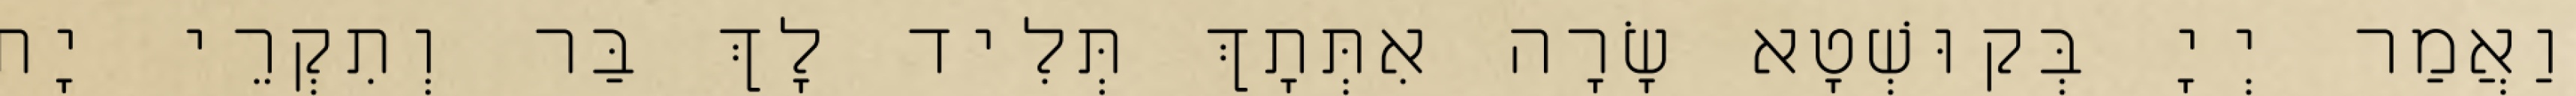
וַאֲמַר יְיָ בְּקוּשְׁטָא שָׂרָה אִתְּתָךְ תְּלִיד לָךְ בַּר וְתִקְרֵי יָת